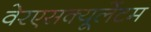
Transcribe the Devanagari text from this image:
वेरएसक्यूलेंटम